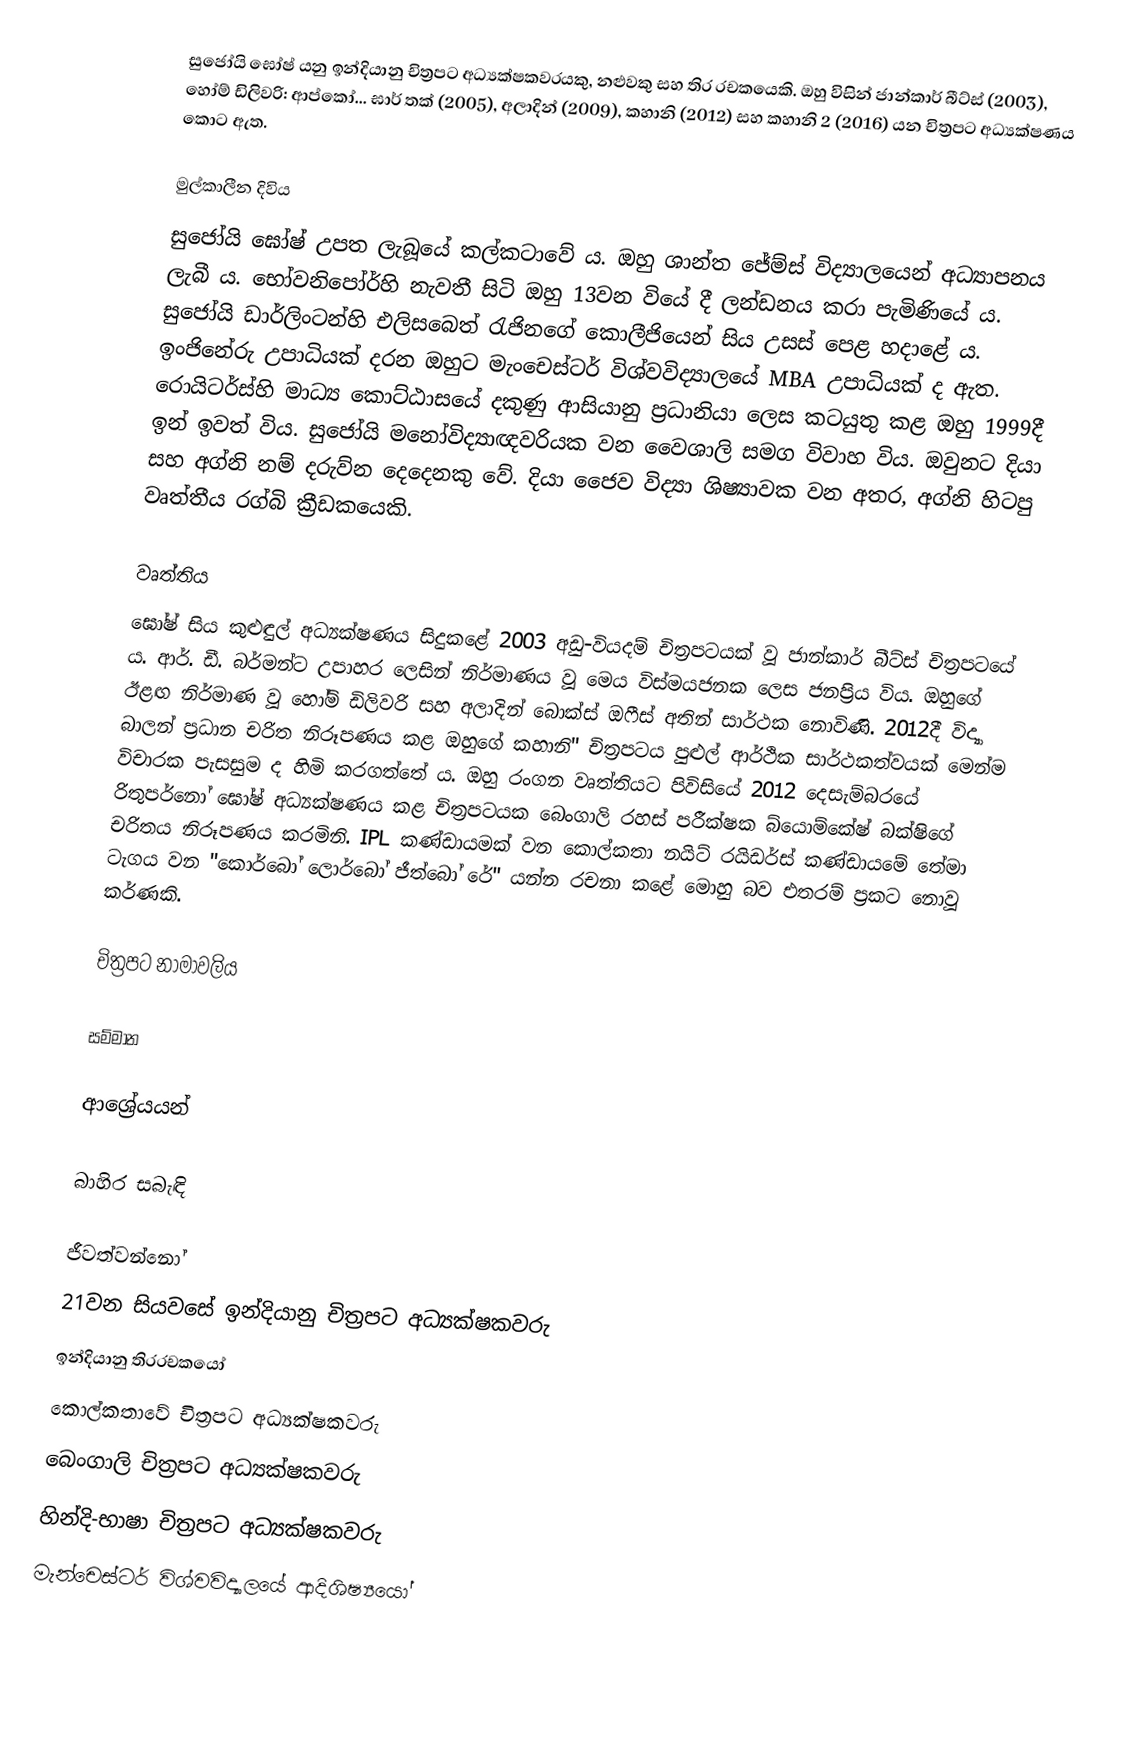
සුජෝයි ඝෝෂ් යනු ඉන්දියානු චිත්‍රපට අධ්‍යක්ෂකවරයකු, නළුවකු සහ තිර රචකයෙකි. ඔහු විසින් ජාන්කාර් බීට්ස් (2003), හෝම් ඩිලිවරි: ආප්කෝ... ඝාර් තක් (2005), අලාදින් (2009), කහානි (2012) සහ කහානි 2 (2016) යන චිත්‍රපට අධ්‍යක්ෂණය කොට ඇත.

මුල්කාලීන දිවිය
සුජෝයි ඝෝෂ් උපත ලැබූයේ කල්කටාවේ ය. ඔහු ශාන්ත ජේම්ස් විද්‍යාලයෙන් අධ්‍යාපනය ලැබී ය. භෝවනිපෝර්හි නැවතී සිටි ඔහු 13වන වියේ දී ලන්ඩනය කරා පැමිණියේ ය. සුජෝයි ඩාර්ලිංටන්හි එලිසබෙත් රැජිනගේ කොලීජියෙන් සිය උසස් පෙළ හදාළේ ය. ඉංජිනේරු උපාධියක් දරන ඔහුට මැංචෙස්ටර් විශ්වවිද්‍යාලයේ MBA උපාධියක් ද ඇත. රොයිටර්ස්හි මාධ්‍ය කොට්ඨාසයේ දකුණු ආසියානු ප්‍රධානියා ලෙස කටයුතු කළ ඔහු 1999දී ඉන් ඉවත් විය. සුජෝයි මනෝවිද්‍යාඥවරියක වන වෛශාලි සමග විවාහ විය. ඔවුනට දියා සහ අග්නි නම් දරුව්න දෙදෙනකු වේ. දියා ජෛව විද්‍යා ශිෂ්‍යාවක වන අතර, අග්නි හිටපු වෘත්තීය රග්බි ක්‍රීඩකයෙකි.

වෘත්තිය
ඝෝෂ් සිය කුළුඳුල් අධ්‍යක්ෂණය සිදුකළේ 2003 අඩු-වියදම් චිත්‍රපටයක් වූ ජාන්කාර් බීට්ස් චිත්‍රපටයේ ය. ආර්. ඩී. බර්මන්ට උපාහර ලෙසින් නිර්මාණය වූ මෙය විස්මයජනක ලෙස ජනප්‍රිය විය. ඔහුගේ ඊළඟ නිර්මාණ වූ හෝම් ඩිලිවරි සහ අලාදින් බොක්ස් ඔෆීස් අතින් සාර්ථක නොවිණි. 2012දී විද්‍යා බාලන් ප්‍රධාන චරිත නිරූපණය කළ ඔහුගේ කහානි'' චිත්‍රපටය පුළුල් ආර්ථික සාර්ථකත්වයක් මෙන්ම විචාරක පැසසුම ද හිමි කරගත්තේ ය. ඔහු රංගන වෘත්තියට පිවිසියේ 2012 දෙසැම්බ‍රයේ රිතුපර්නෝ ඝෝෂ් අධ්‍යක්ෂණය කළ චිත්‍රපටයක බෙංගාලි රහස් පරීක්ෂක බ්යොම්කේෂ් බක්ෂිගේ චරිතය නිරූපණය කරමිනි. IPL කණ්ඩායමක් වන කොල්කතා නයිට් රයිඩර්ස් කණ්ඩායමේ තේමා ටැගය වන "කොර්බෝ ලොර්බෝ ජීත්බෝ රේ" යන්න රචනා කළේ මොහු බව එතරම් ප්‍රකට නොවූ කර්ණකි.

චිත්‍රපට නාමාවලිය

සම්මාන

ආශ්‍රේයයන්

බාහිර සබැඳි

ජීවත්වන්නෝ
21වන සියවසේ ඉන්දියානු චිත්‍රපට අධ්‍යක්ෂකවරු
ඉන්දියානු තිරරචකයෝ
කොල්කතාවේ චිත්‍රපට අධ්‍යක්ෂකවරු
බෙංගාලි චිත්‍රපට අධ්‍යක්ෂකවරු
හින්දි-භාෂා චිත්‍රපට අධ්‍යක්ෂකවරු
මැන්චෙස්ටර් විශ්වවිද්‍යාලයේ ආදිශිෂ්‍යයෝ